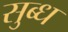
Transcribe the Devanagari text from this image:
सुब्ध